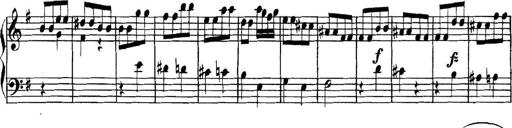
Title: Collected Piano Sonatas
Composer: Muzio Clementi